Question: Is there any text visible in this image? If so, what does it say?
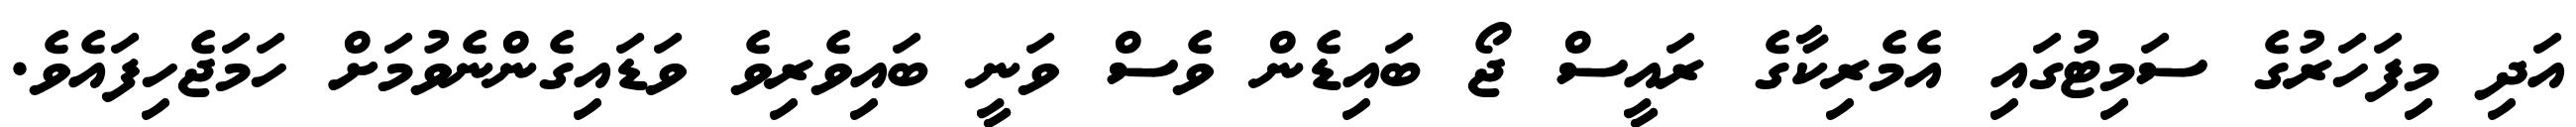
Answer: އަދި މިފަހަރުގެ ސަމިޓުގައި އެމެރިކާގެ ރައީސް ޖޯ ބައިޑެން ވެސް ވަނީ ބައިވެރިވެ ވަޑައިގެންނެވުމަށް ހަމަޖެހިފައެވެ.